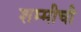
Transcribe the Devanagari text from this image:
शम्मीची